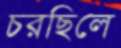
চরছিলে